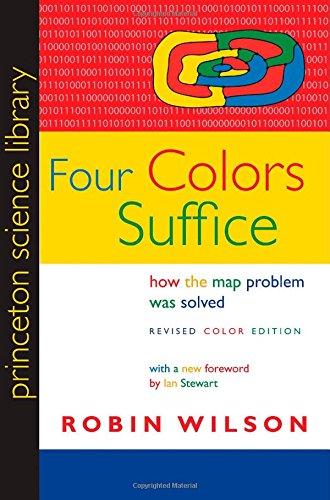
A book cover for Four Colors Suffice: How the Map Problem Was Solved (Princeton Science Library); Robin Wilson; Science & Math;